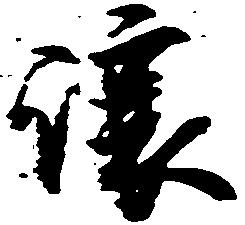
譲